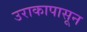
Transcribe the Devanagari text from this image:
उराकापासून